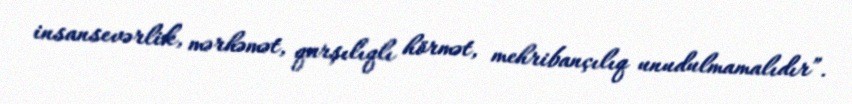
insansevərlik, mərhəmət, qarşılıqlı hörmət, mehribançılıq unudulmamalıdır”.